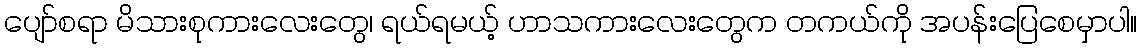
ပျော်စရာ မိသားစုကားလေးတွေ၊ ရယ်ရမယ့် ဟာသကားလေးတွေက တကယ်ကို အပန်းပြေစေမှာပါ။